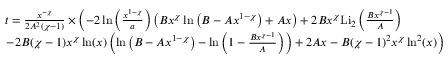
\begin{array} { r l } & { t = \frac { x ^ { - \chi } } { 2 A ^ { 2 } ( \chi - 1 ) } \times \left( - 2 \ln \left( \frac { x ^ { 1 - \chi } } { a } \right) \left( B x ^ { \chi } \ln \left( B - A x ^ { 1 - \chi } \right) + A x \right) + 2 B x ^ { \chi } \mathrm { L i } _ { 2 } \left( \frac { B x ^ { \chi - 1 } } { A } \right) \right. } \\ & { \left. - 2 B ( \chi - 1 ) x ^ { \chi } \ln ( x ) \left( \ln \left( B - A x ^ { 1 - \chi } \right) - \ln \left( 1 - \frac { B x ^ { \chi - 1 } } { A } \right) \right) + 2 A x - B ( \chi - 1 ) ^ { 2 } x ^ { \chi } \ln ^ { 2 } ( x ) \right) } \end{array}